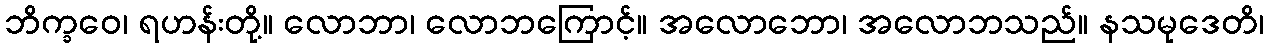
ဘိက္ခဝေ၊ ရဟန်းတို့။ လောဘာ၊ လောဘကြောင့်။ အလောဘော၊ အလောဘသည်။ နသမုဒေတိ၊